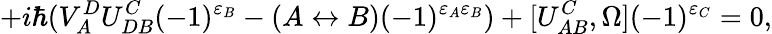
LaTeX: +i\hbar(V_{A}^{D}U_{DB}^{C}(-1)^{\varepsilon_{B}}-(A\leftrightarrow B)(-1)^{\varepsilon_{A}\varepsilon_{B}})+[U_{AB}^{C},\Omega](-1)^{\varepsilon_{C}}=0,